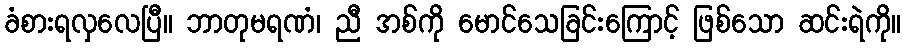
ခံစားရလှလေပြီ။ ဘာတုမရဏံ၊ ညီ အစ်ကို မောင်သေခြင်းကြောင့် ဖြစ်သော ဆင်းရဲကို။